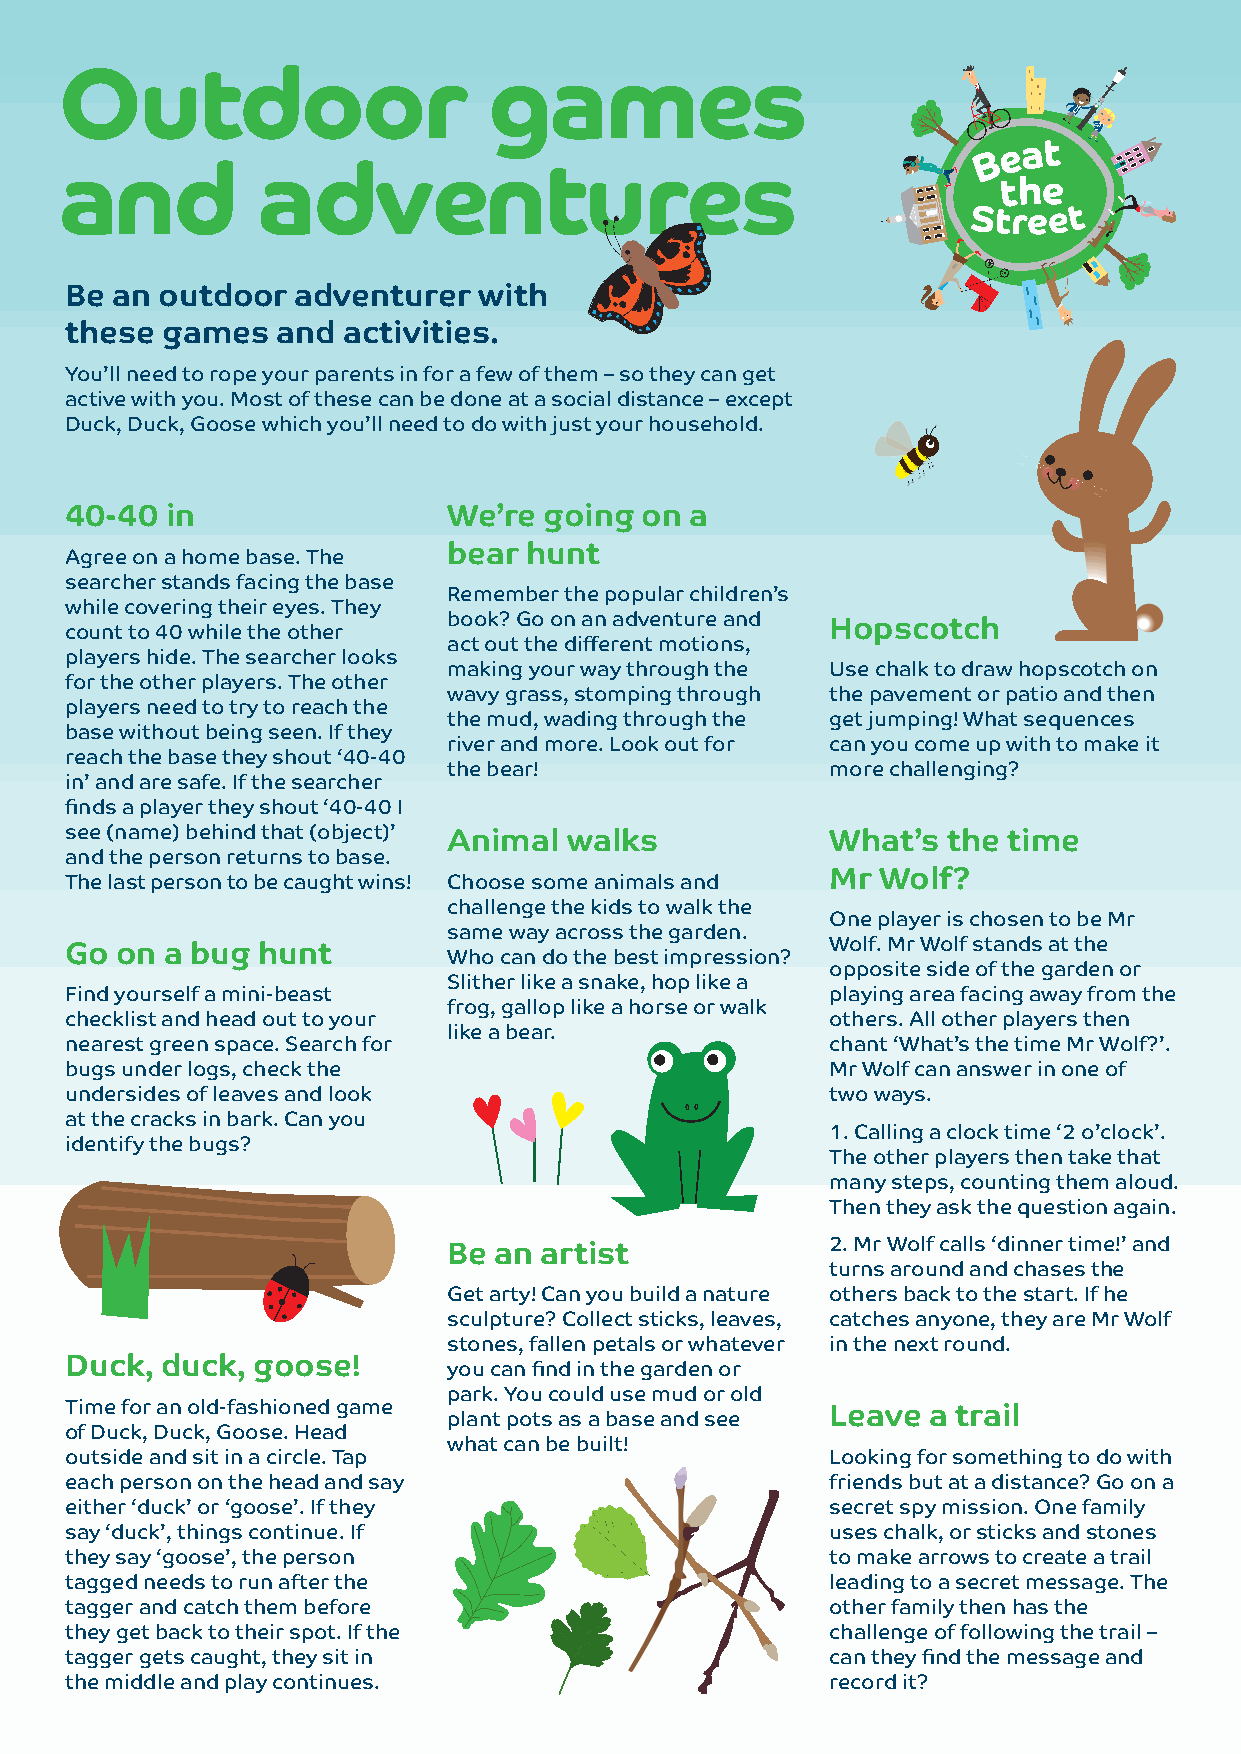
Outdoor                     games
 and          adventures
 Be an outdoor   adventurer  with
 these  games  and  activities.
 You’ll need to rope your parents in for a few of them – so they can get
 active with you. Most of these can be done at a social distance – except
 Duck, Duck, Goose which you’ll need to do with just your household.
 40-40  in                 We’re going on  a
 Agree on a home base. The bear hunt
 searcher stands facing the base
 Remember the popular children’s
 while covering their eyes. They
 book? Go on an adventure and
 count to 40 while the other                        Hopscotch
 act out the different motions,
 players hide. The searcher looks
 making your way through the Use chalk to draw hopscotch on
 for the other players. The other
 wavy grass, stomping through the pavement or patio and then
 players need to try to reach the
 the mud, wading through the get jumping! What sequences
 base without being seen. If they
 river and more. Look out for can you come up with to make it
 reach the base they shout ‘40-40
 the bear!                more challenging?
 in’ and are safe. If the searcher
 finds a player they shout ‘40-40 I
 see (name) behind that (object)’
 Animal walks             What’s  the time
 and the person returns to base.
 The last person to be caught wins! Choose some animals and Mr Wolf?
 challenge the kids to walk the
 One player is chosen to be Mr
 same way across the garden.
 Wolf. Mr Wolf stands at the
 Go  on a bug hunt         Who can do the best impression?
 opposite side of the garden or
 Slither like a snake, hop like a
 Find yourself a mini-beast                         playing area facing away from the
 frog, gallop like a horse or walk
 checklist and head out to your                     others. All other players then
 like a bear.
 nearest green space. Search for                    chant ‘What’s the time Mr Wolf?’.
 bugs under logs, check the                         Mr Wolf can answer in one of
 undersides of leaves and look                      two ways.
 at the cracks in bark. Can you
 1. Calling a clock time ‘2 o’clock’.
 identify the bugs?
 The other players then take that
 many steps, counting them aloud.
 Then they ask the question again.
 2. Mr Wolf calls ‘dinner time!’ and
 Be an artist
 turns around and chases the
 Get arty! Can you build a nature others back to the start. If he
 sculpture? Collect sticks, leaves, catches anyone, they are Mr Wolf
 stones, fallen petals or whatever in the next round.
 Duck,  duck, goose!       you can find in the garden or
 park. You could use mud or old
 Time for an old-fashioned game
 plant pots as a base and see Leave a trail
 of Duck, Duck, Goose. Head
 what can be built!
 outside and sit in a circle. Tap                   Looking for something to do with
 each person on the head and say                    friends but at a distance? Go on a
 either ‘duck’ or ‘goose’. If they                  secret spy mission. One family
 say ‘duck’, things continue. If                    uses chalk, or sticks and stones
 they say ‘goose’, the person                       to make arrows to create a trail
 tagged needs to run after the                      leading to a secret message. The
 tagger and catch them before                       other family then has the
 they get back to their spot. If the                challenge of following the trail –
 tagger gets caught, they sit in                    can they find the message and
 the middle and play continues.                     record it?